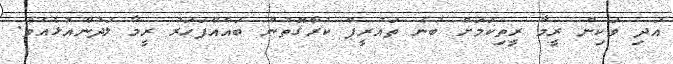
އަދި ވަކިން ރީމާ ރީތިކަމަށް ބުނެ ތައުރީފް ކުރާގޮތުން ބައެއްފަހަރު ރީމާ ލަދުންއުޅެއެވެ.